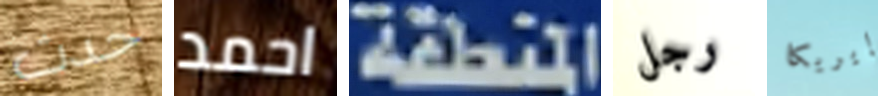
حدث احمد المنطقة رجل إيريكا